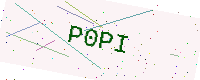
Text: P0PI